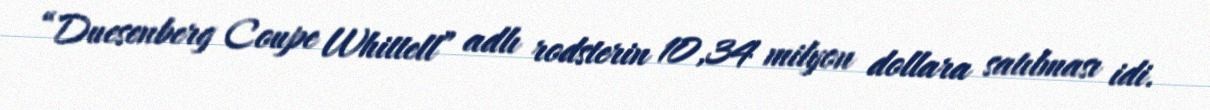
“Duesenberg Coupe Whittell” adlı rodsterin 10,34 milyon dollara satılması idi.